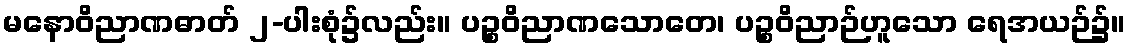
မနောဝိညာဏဓာတ် ၂-ပါးစုံ၌လည်း။ ပဉ္စဝိညာဏသောတေ၊ ပဉ္စဝိညာဉ်ဟူသော ရေအယဉ်၌။